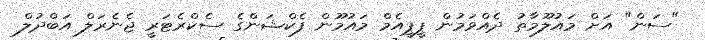
"ސަން" އަށް މައުލޫމާތު ދެއްވަމުން ޕީޕީއެމް މައުމޫން ފެކްޝަންގެ ސެކްރެޓަރީ ޖެނެރަލް އަބްދުލް